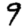
Digit: 9